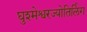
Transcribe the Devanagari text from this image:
घुश्मेश्वरज्योतिर्लिंग